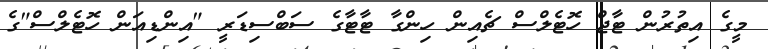
މީގެ އިތުރުން ޓާޖް ހޮޓެލްސް ޗެއިން ހިންގާ ޓާޓާގެ ސަބްސިޑަރީ "އިންޑިއަން ހޮޓެލްސް"ގެ